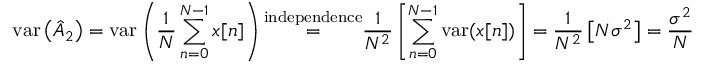
\mathrm { v a r } \left( { \hat { A } } _ { 2 } \right) = \mathrm { v a r } \left( { \frac { 1 } { N } } \sum _ { n = 0 } ^ { N - 1 } x [ n ] \right) { \overset { \mathrm { i n d e p e n d e n c e } } { = } } { \frac { 1 } { N ^ { 2 } } } \left[ \sum _ { n = 0 } ^ { N - 1 } \mathrm { v a r } ( x [ n ] ) \right] = { \frac { 1 } { N ^ { 2 } } } \left[ N \sigma ^ { 2 } \right] = { \frac { \sigma ^ { 2 } } { N } }